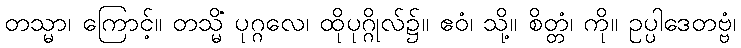
တသ္မာ၊ ကြောင့်။ တသ္မိံ ပုဂ္ဂလေ၊ ထိုပုဂ္ဂိုလ်၌။ ဧဝံ၊ သို့။ စိတ္တံ၊ ကို။ ဥပ္ပါဒေတဗ္ဗံ၊